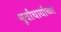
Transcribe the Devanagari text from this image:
पूर्वाचार्यांच्या